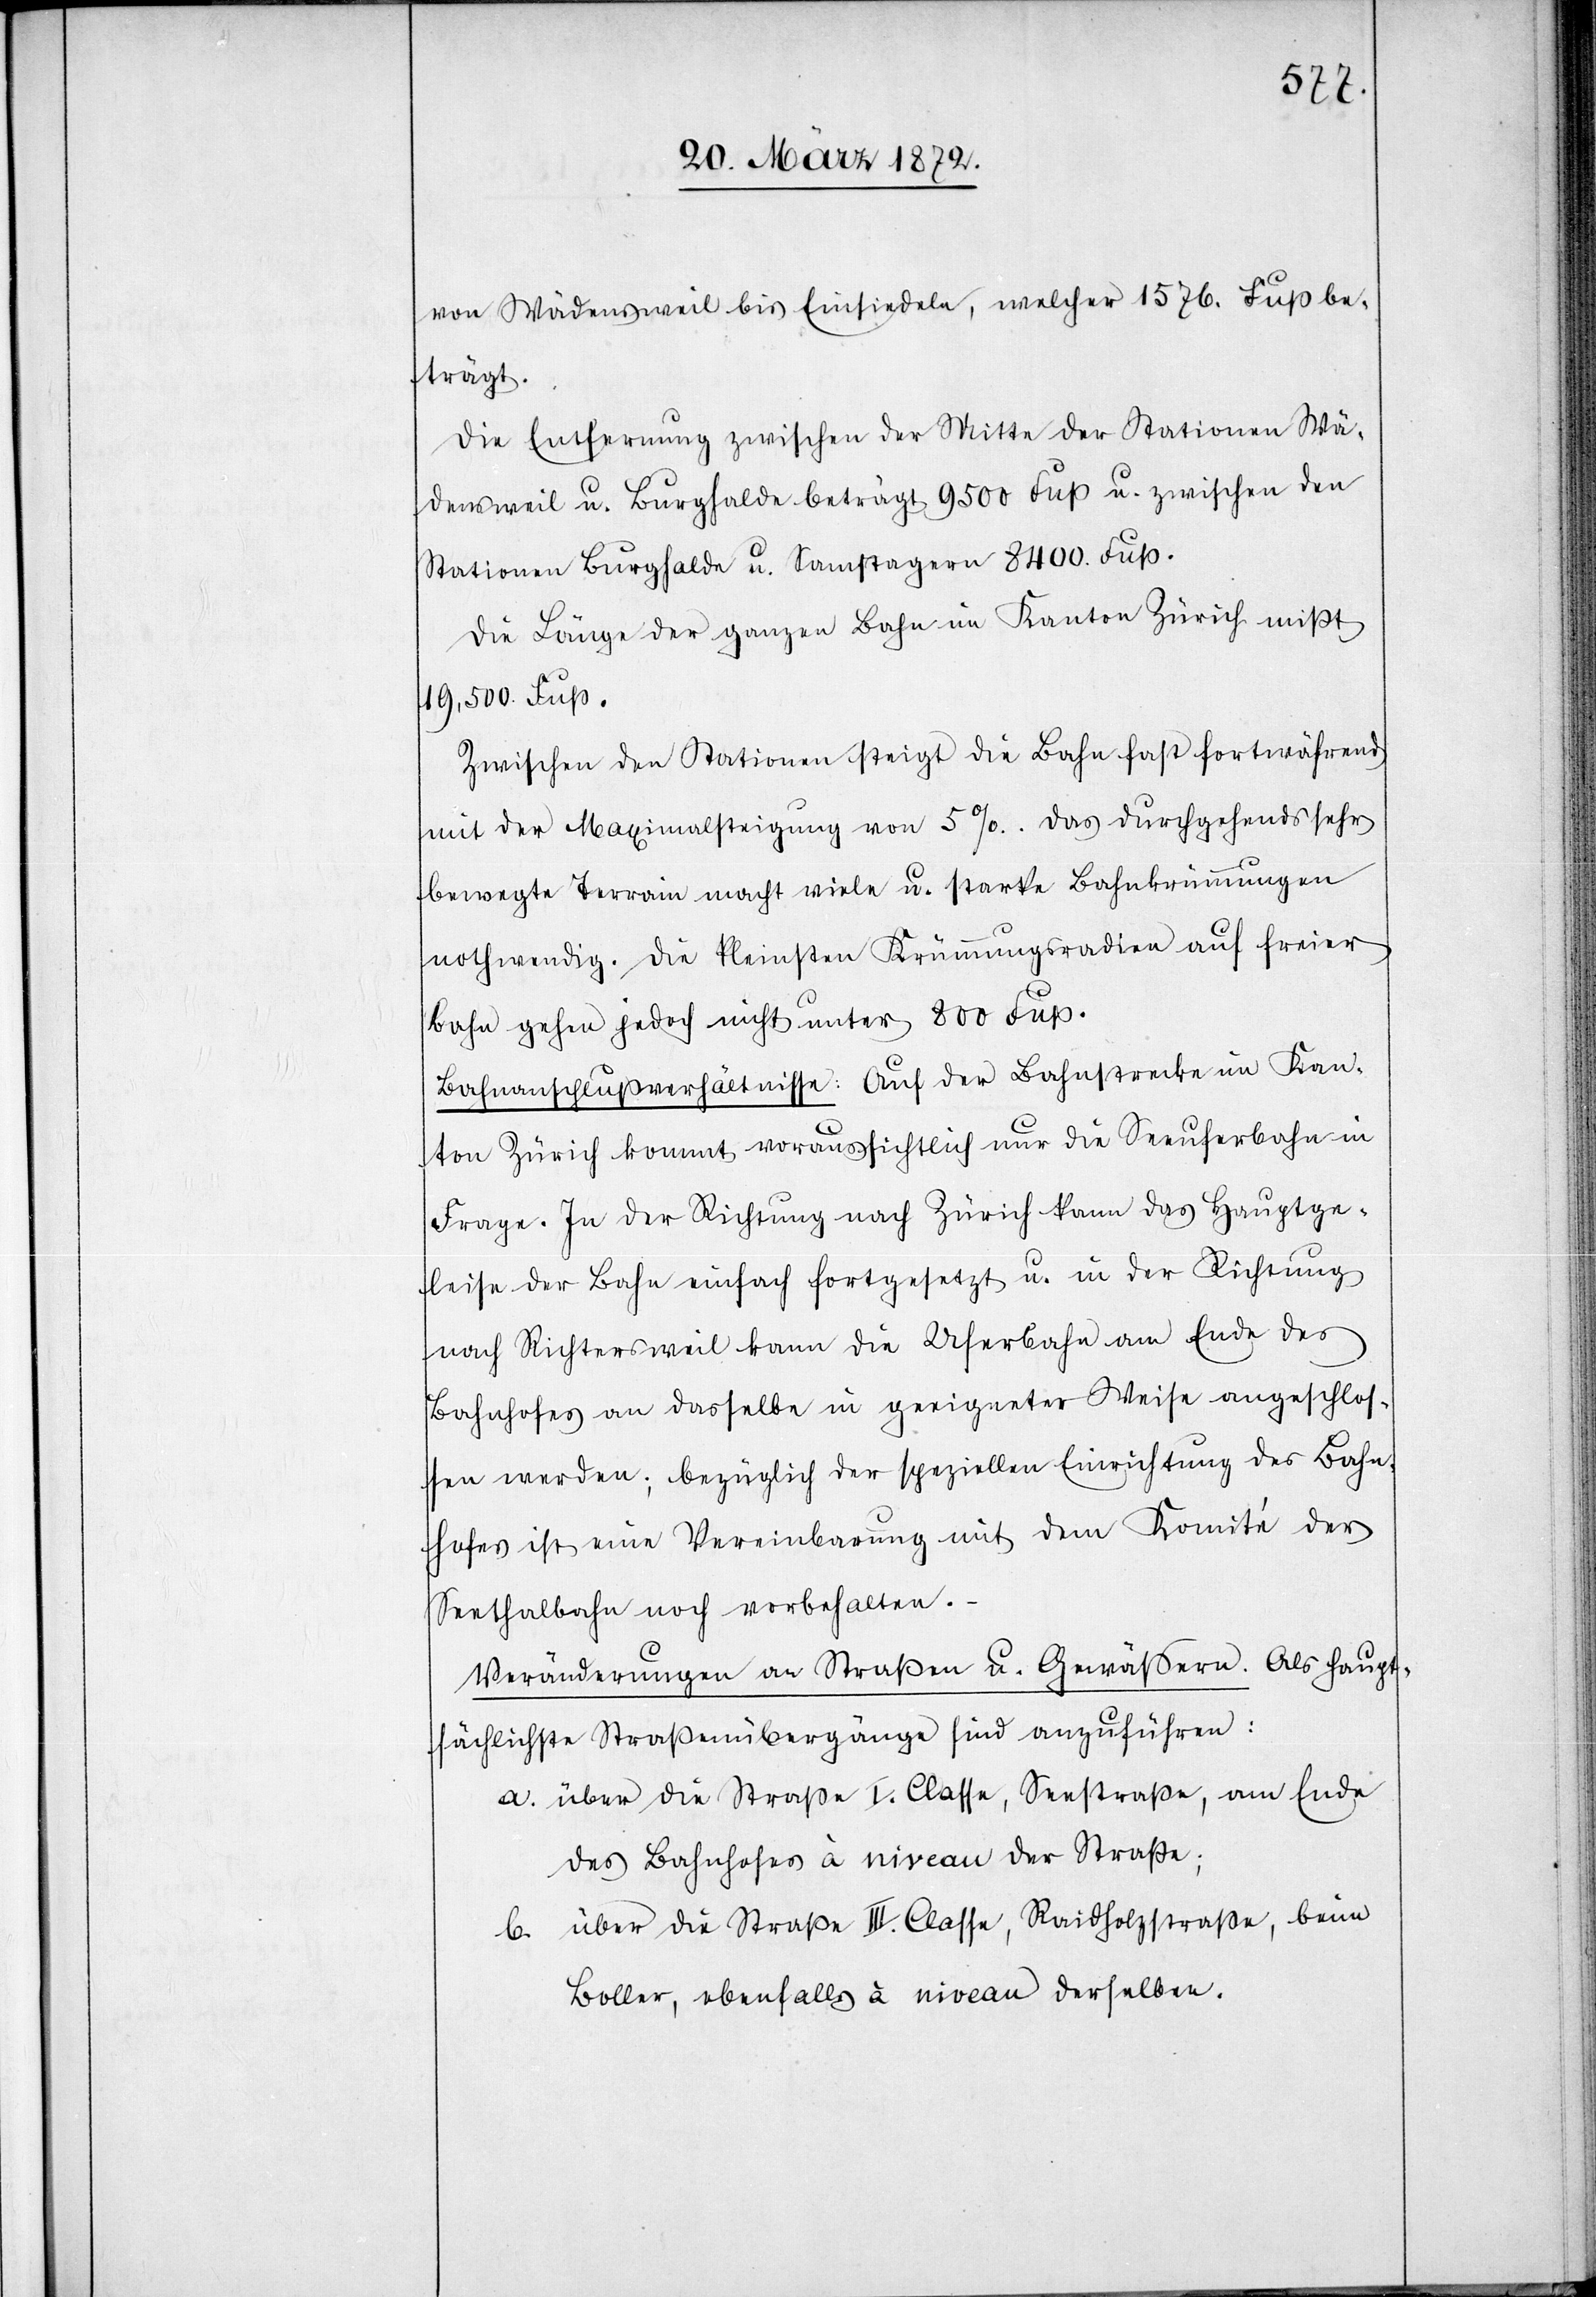
von Wädensweil bis Einsiedeln, welcher 1576. Fuß be¬
trägt.
Die Entfernung zwischen der Mitte der Stationen Wä¬
densweil u. Burghalde beträgt 9500 Fuß u. zwischen den
Stationen Burghalde u. Samstagern 8400. Fuß.
Die Länge der ganzen Bahn im Kanton Zürich mißt
19,500. Fuß.
Zwischen den Stationen steigt die Bahn fast fortwährend
mit der Maximalsteigung von 5%. Das durchgehends sehr
bewegte Terrain macht viele u. starke Bahnkrümmungen
nothwendig. Die kleinsten Krümmungsradien auf freien
Bahn gehen jedoch nicht unter 800 Fuß.
Bahnanschlußverhältnisse: Auf der Bahnstrecke im Kan¬
ton Zürich kommt voraussichtlich nur die Seeuferbahn in
Frage. In der Richtung nach Zürich kann das Hauptge¬
leise der Bahn einfach fortgesetzt u. in der Richtung
nach Richtersweil kann die Uferbahn am Ende des
Bahnhofes an dasselbe in geeigneter Weise angeschlos¬
sen werden; bezüglich der speziellen Einrichtung des Bahn¬
hofes ist eine Vereinbarung mit dem Komité der
Seethalbahn noch vorbehalten.
Veränderungen an Straßen u. Gewässern. Als haupt¬
sächlich Straßenübergänge sind anzuführen:
a. über die Straße I. Classe, Seestraße, am Ende
des Bahnhofes à niveau der Straße;
b. über die Straße III. Classe, Raidholzstraße, beim
Boller, ebenfalls à niveau derselben.